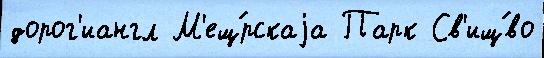
дорог'иангл М'ещ́рскаjа Парк Св'ищ́во